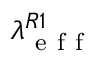
\lambda _ { \mathrm { ~ e ~ f ~ f ~ } } ^ { R 1 }